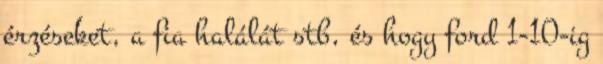
érzéseket, a fia halálát stb, és hogy ford 1-10-ig